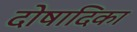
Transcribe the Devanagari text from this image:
दोषादिका